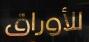
للأوراق